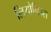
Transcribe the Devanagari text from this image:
लियोनिड़स